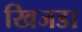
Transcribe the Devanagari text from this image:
खिजडा